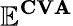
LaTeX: \mathbf{\mathbb{E}^{CVA}}